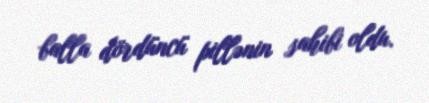
balla dördüncü pillənin sahibi oldu.